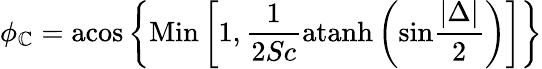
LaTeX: \phi_{\mathbb{C}}=\mathrm{{acos}}\left\{ \mathrm{{Min}}\left[1,{\frac{{1}}{{2Sc}}}\mathrm{{atanh}}\left(\mathrm{{sin}}{\frac{{|\Delta|}}{{2}}}\right)\right]\right\}